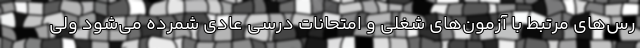
رس‌های مرتبط با آزمون‌های شغلی و امتحانات درسی عادی شمرده می‌شود ولی